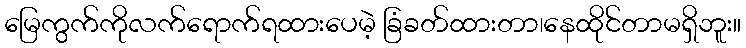
မြေကွက်ကိုလက်ရောက်ရထားပေမဲ့ ခြံခတ်ထားတာ၊နေထိုင်တာမရှိဘူး။